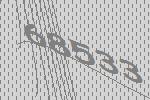
68533